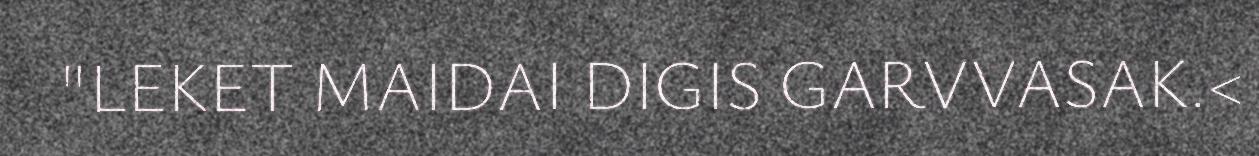
"LEKET MAIDAI DIGIS GARVVASAK.<